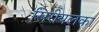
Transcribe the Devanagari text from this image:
सिरीयलका